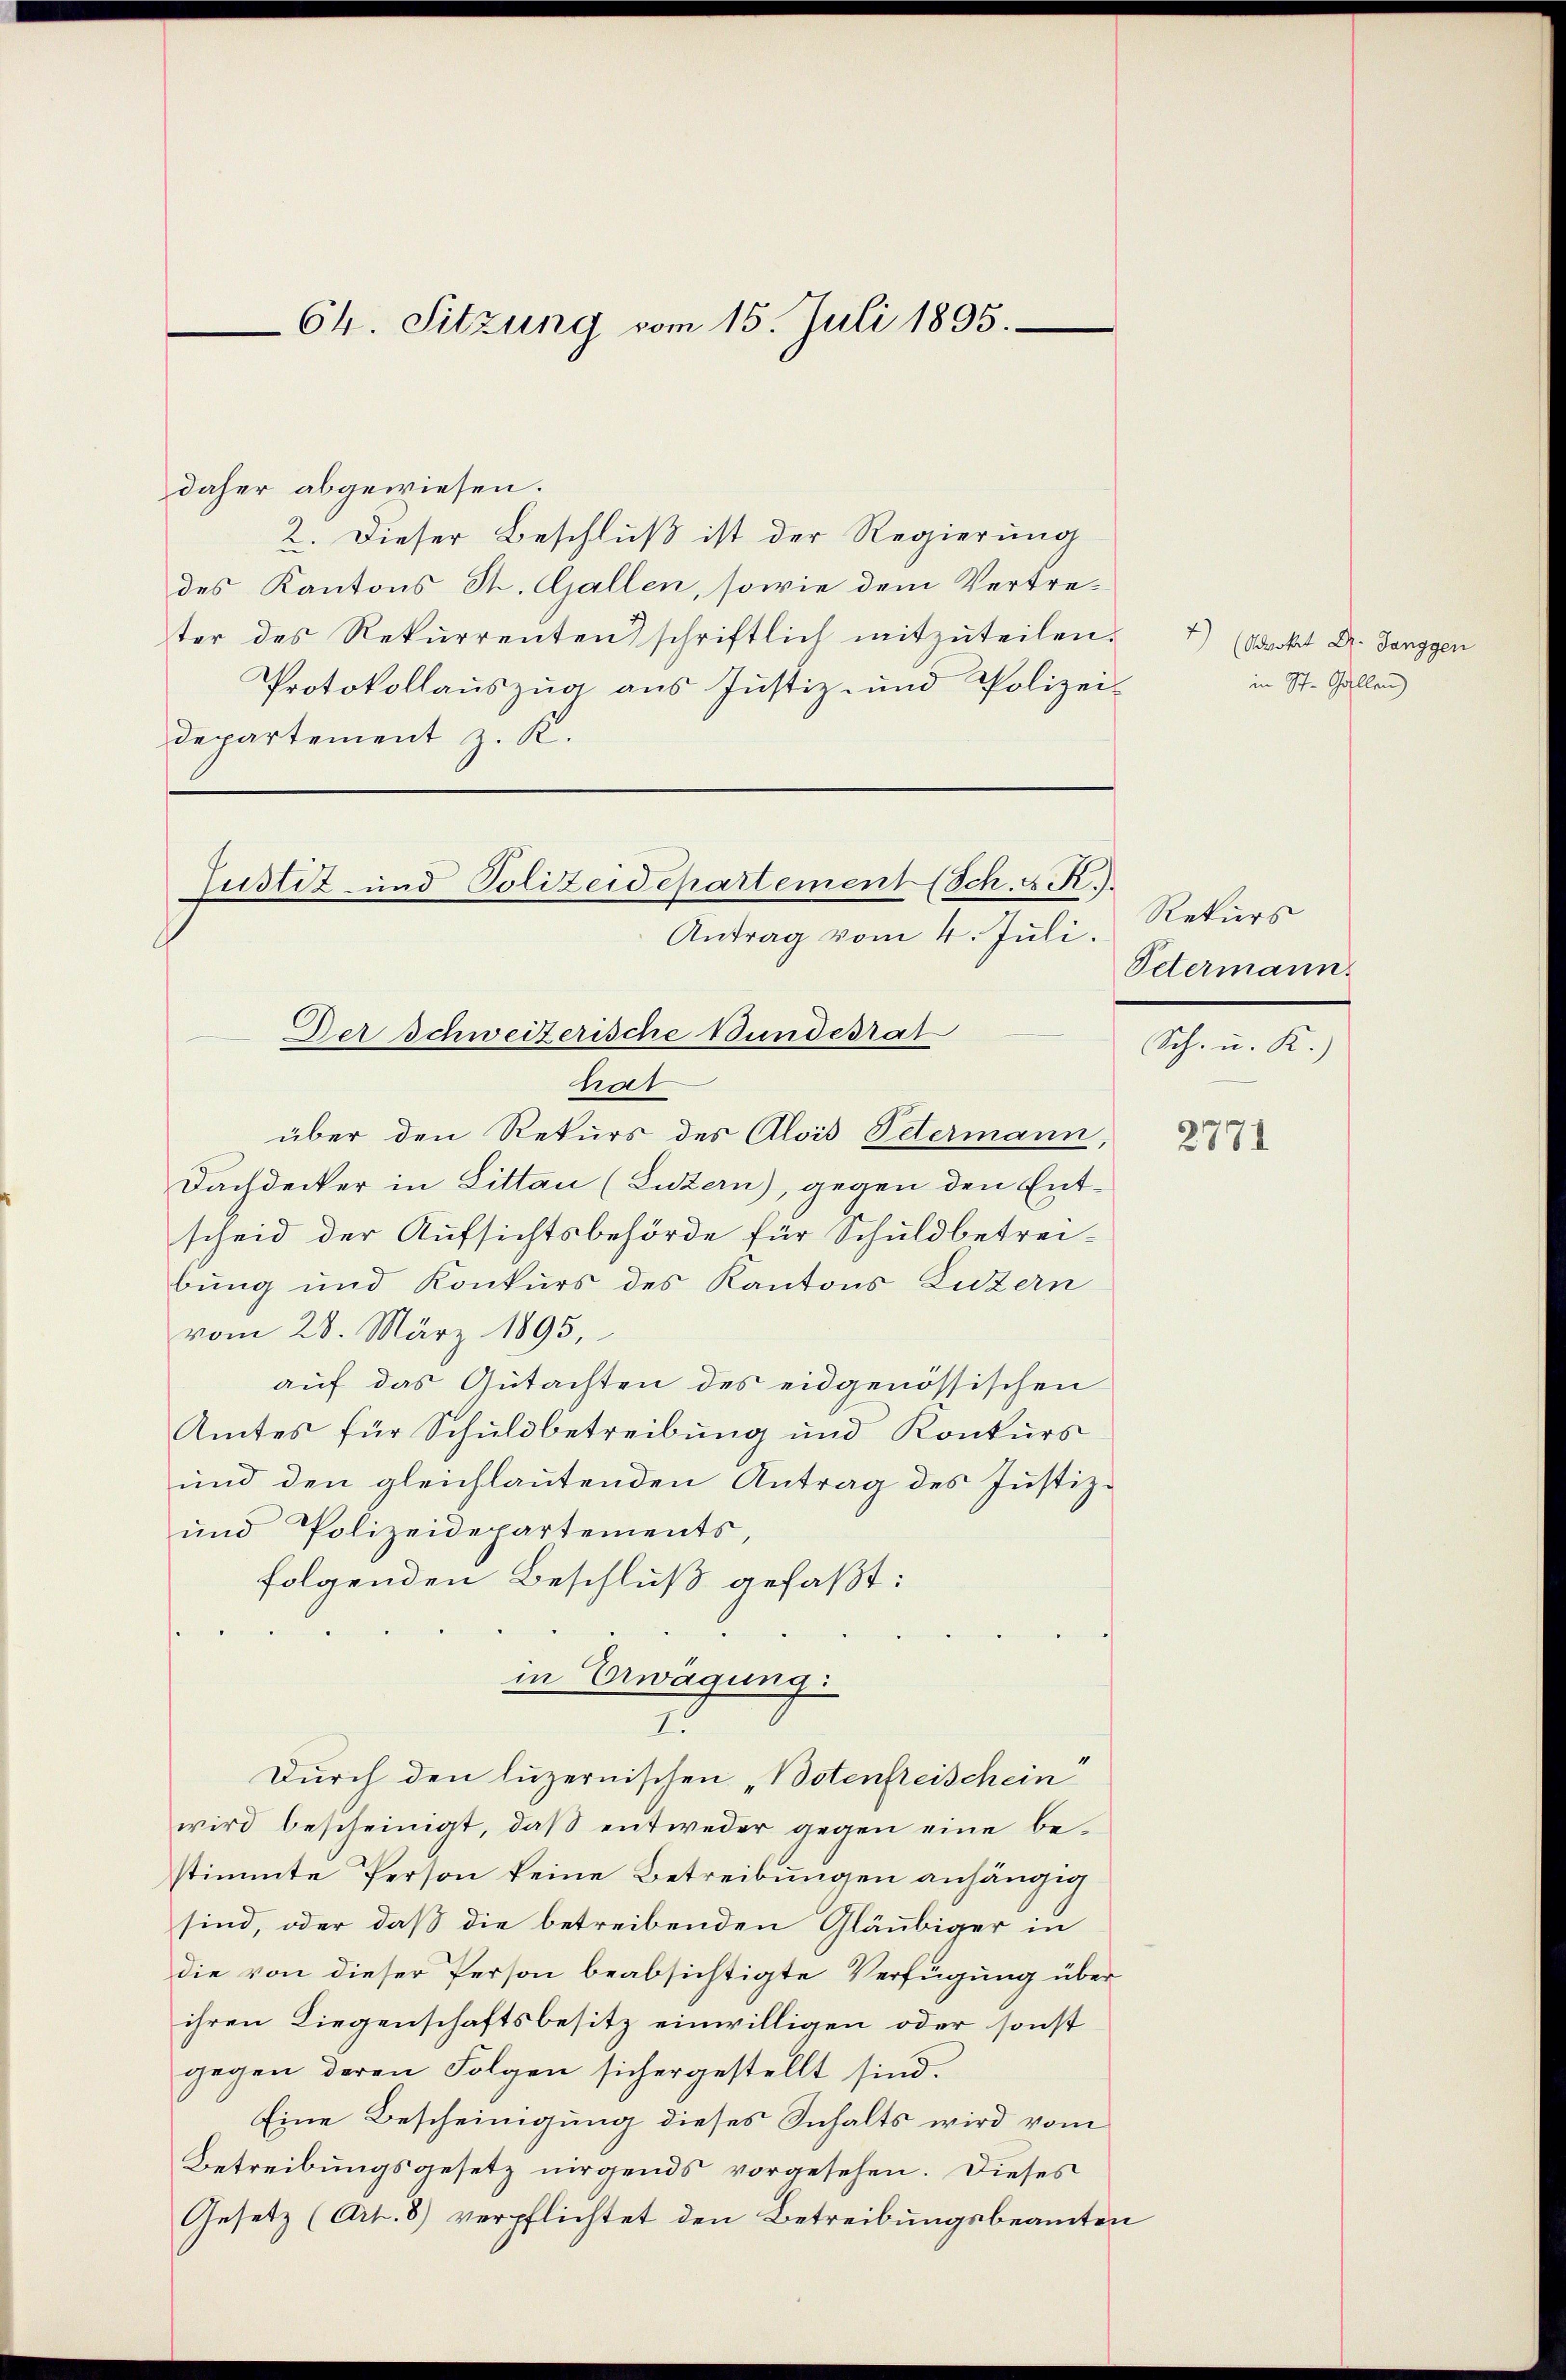
Ch. Sitzung vom 15. Juli 1895.

daher abgewiesen.
2. Dieser Beschluß ist der Regierung
des Kantons St. Gallen, sowie dem Vertre-
ter des Rekurrenten) schriftlich mitzŭteilen.
Protokollauszug aus Justiz- und Polizei-
departement z. K.
tat
über den Rekurs des Alois Petermann,
Dachdecker in Littau (Luzern), gegen den Entscheid der Aufsichtsbehörde für Schuldbetreibung und Konkurs des Kantons Luzern
vom 28. März 1895,
auf das Gutachten des eidgenössischen
Amtes für Schuldbetreibung und Konkurs
und den gleichlautenden Antrag des Justiz¬
und Polizeidepartements,
folgenden Beschluß gefaßt:
in Erwägung:
I.
Durch den luzernischen „Botenfreischein
wird bescheinigt, daß entweder gegen eine bestimmte Person keine Betreibungen anhängig
sind, oder daß die betreibenden Gläubiger in
die von dieser Person beabsichtigte Verfügung über
ihren Liegenschaftsbesitz einwilligen oder sonst
gegen deren Folgen sichergestellt sind.
Eine Bescheinigung dieses Inhalts wird vom
Betreibungsgesetz nirgends vorgesehen. Dieses
Gesetz (Art. 8) verpflichtet den Betreibungsbeamten

Justiz- und Polizeidepartement (Sch. E. R.)
Antrag vom 4. Juli.
Der Schweizerische Bundesrat

Rekurs
Petermann.
Sch. u. K

4) (Adrokat Dr. Janggen
in St. Gallen

2771